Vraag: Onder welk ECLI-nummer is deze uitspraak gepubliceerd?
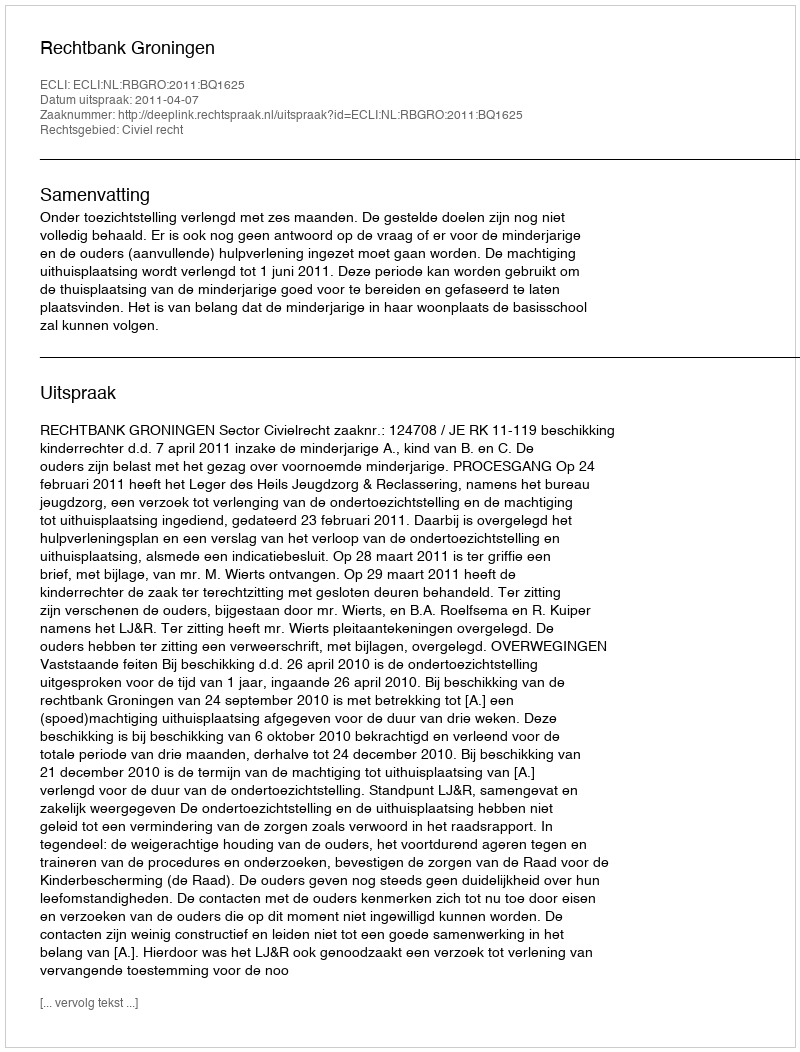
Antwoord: ECLI:NL:RBGRO:2011:BQ1625